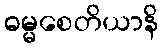
ဓမ္မစေတိယာနိ